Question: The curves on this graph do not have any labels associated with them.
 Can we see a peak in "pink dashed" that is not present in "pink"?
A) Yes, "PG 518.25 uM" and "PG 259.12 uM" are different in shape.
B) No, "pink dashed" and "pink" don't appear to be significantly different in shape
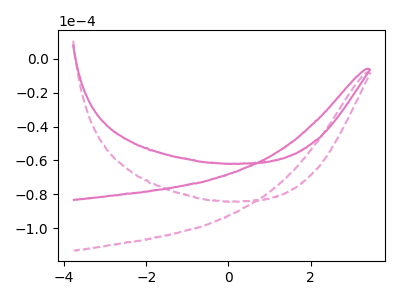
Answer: <think>The pink curve "pink" has no peaks. The pink dashed curve "pink dashed" has no peaks.
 Neither "pink dashed" or "pink" have any peaks.</think>
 <answer>B) No, "pink dashed" and "pink" don't appear to be significantly different in shape</answer>
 <eval>B</eval>